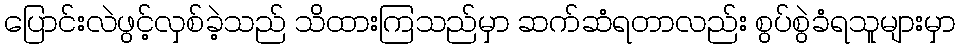
ပြောင်းလဲဖွင့်လှစ်ခဲ့သည် သိထားကြသည်မှာ ဆက်ဆံရတာလည်း စွပ်စွဲခံရသူများမှာ